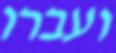
ועברו